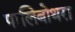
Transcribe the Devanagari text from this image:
पालिबोथरा